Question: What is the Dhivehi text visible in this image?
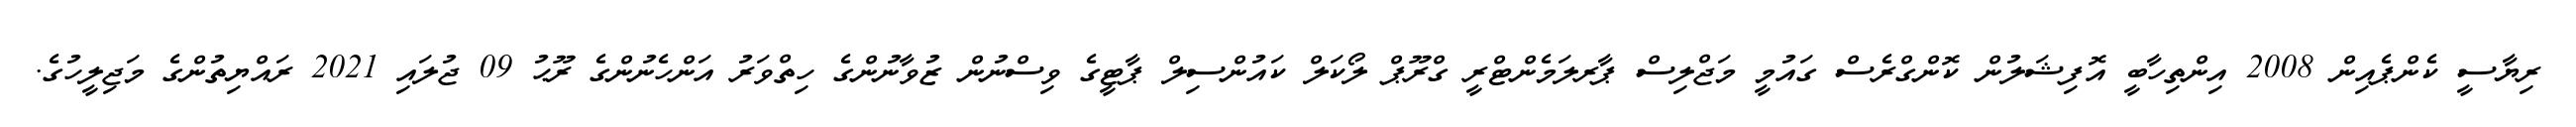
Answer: ރިޔާސީ ކެންޕެއިން 2008 އިންތިހާބީ އޮފިޝަލުން ކޮންގްރެސް ގައުމީ މަޖްލިސް ޕާރލަމެންޓްރީ ގްރޫޕް ލޯކަލް ކައުންސިލް ޕާޓީގެ ވިސްނުން ޒުވާނުންގެ ހިތްވަރު އަންހެނުންގެ ރޫޙު 09 ޖުލައި 2021 ރައްޔިތުންގެ މަޖިލީހުގެ.